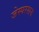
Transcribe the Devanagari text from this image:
जेस्परसन